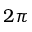
2 \pi